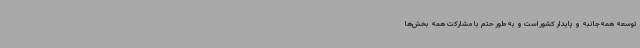
توسعه همه‌جانبه و پایدار کشور است و به‌طور حتم با مشارکت همه بخش‌ها